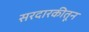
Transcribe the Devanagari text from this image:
सरदारकीतून